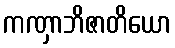
ကဏှာဘိဇာတိယော